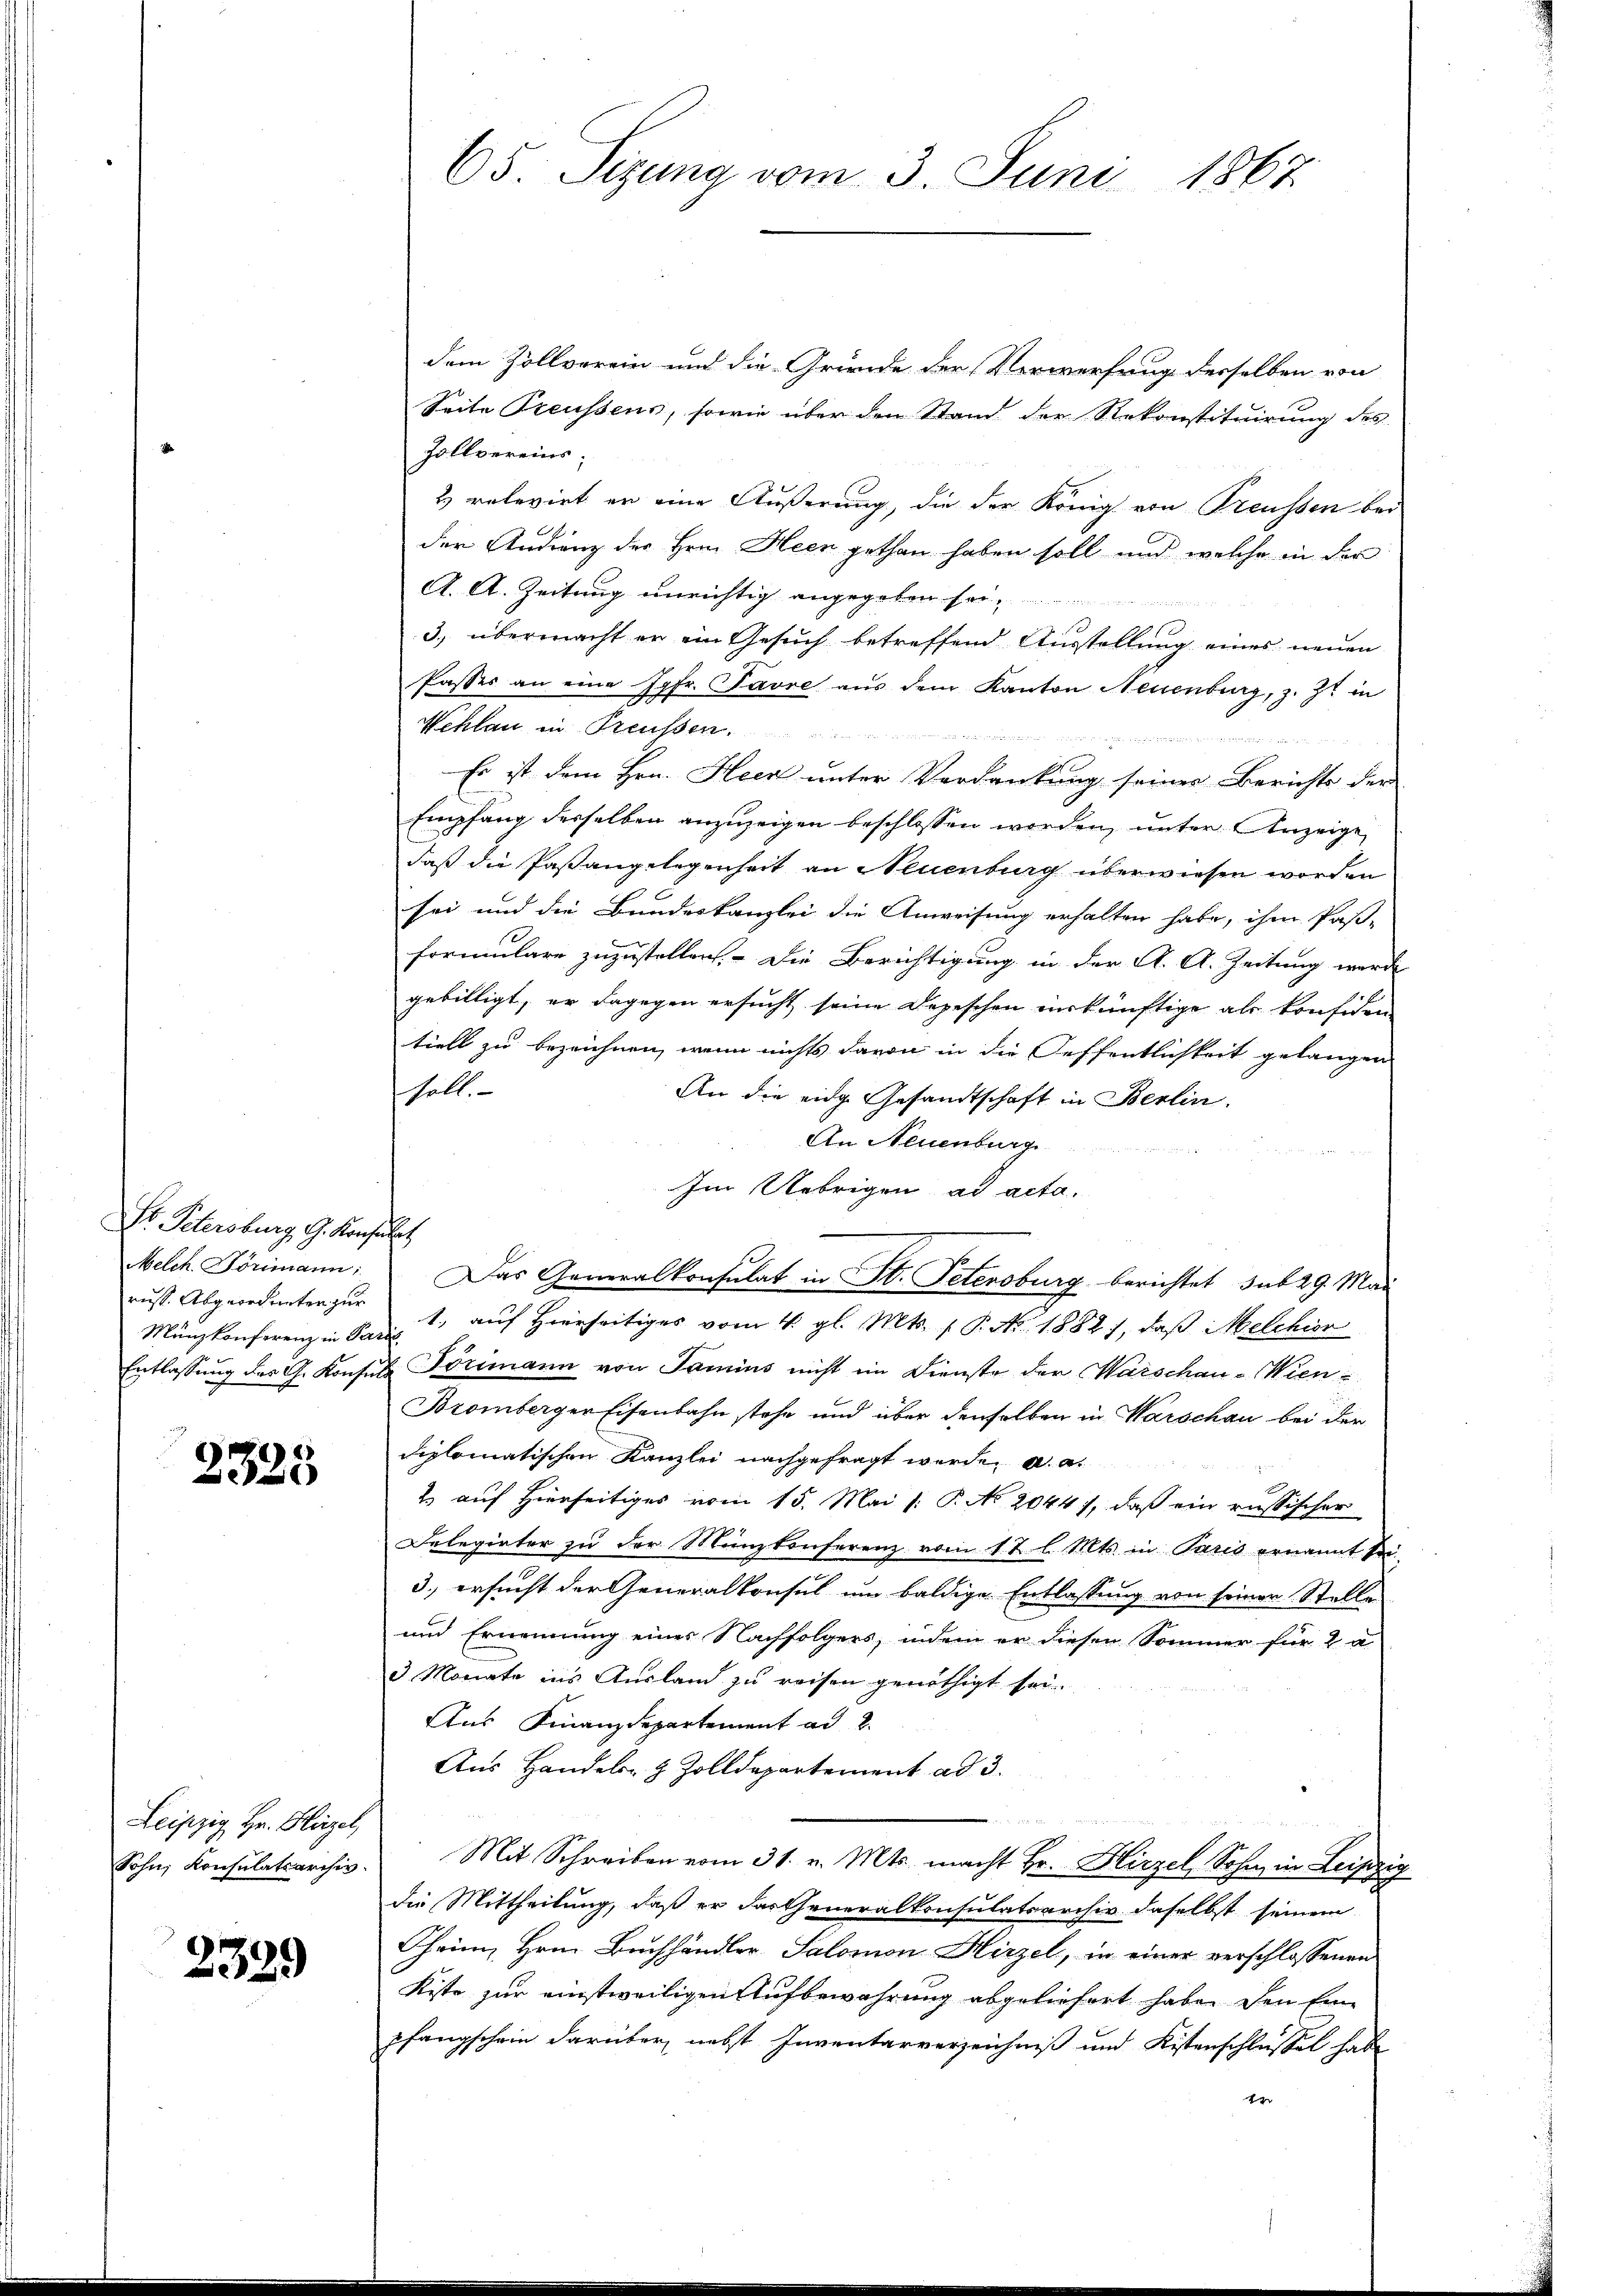
Dr. Petersburg, G. Konsult
Mänzkonferenz in Paral

3325

Leipzig Hr. Hirzel,
Sohn, Konsulatsarchiv.

2389

65. Sizung vom 3. Juni 1867.

dem Zollverein und die Gründe der Verwerfung desselben von
Seite Preussens, sowie über den Stand der Rekonstituirung des
Zollvereins;
u relevirt en eine Äußerung, die der König von Treussen bei
der Andrung der Hern Heen gethan haben soll und welche in der
A. A. Zeitung unrichtig angegeben sei.
3. übermacht er ein Gesuch betreffend Ausstellung eines neuen
Passes an eine Jgfr. Favre aus dem Kanton Neuenburg, z. Zt. in
Wehlau in Reussen in

Es ist dem Hrn. Heck unter Verdankung seiner Berichts der
Empfang desselben anzuzeigen beschlossen worden, unter Anzeige,
daß die Paßangelegenheit an Neuenburg überwiesen worden
sei und die Bundeskanzlei die Anweisung erhalten habe, ihm Pas-
formulare zuzustellen. – Die Berichtigung in der A. A. Zeitung werde
gebilligt, er dagegen ersucht seine Depeschen verkünftige als konfiden-
tiell zu bezeichnen, wenn nichts davon in die Oeffentlichkeit gelangen
soll.
An die eidg. Gesandtschaft in Berlin.
An Neuenburg
Im Uebrigen ad acta.
Melch Formann: Das Generalkonsulat in St. Petersburg berichtet sub 29. Mai
russ. Abgeordneten zur 1. auf Hierseitiges vom 4. gl. Mts. f. P. Nr. 1882, daß Melchior
Entlassŭng des G. Konsula Törimann von Jamins nicht im Dienste der Warschau-Wien¬
Bromberger Eisenbahn stehe und über denselben in Warschau bei der
diplomatischen Kanzlei nachgefragt werde, a. a.
2. auf Hierseitiges vom 15. Mai /: P. No. 2044), daß ein russischer
Delegirter zu der Münzkonferenz vom 12 l. Mts. in Paris ernannt sei
3.) ersucht der Generalkonsul um baldige Entlassung von seiner Stelle
und Ernennung eines Nachfolgers, indem er diesen Sommer für 2 a
3 Monate ins Ausland zu reisen genöthigt sei.
Aus Finanzdepartement ad 2.
Aus Handels- & Zolldepartement ad 3.
Mit Schreiben vom 31. v. Mts. macht Hr. Hirzel Sohn in Leipzig
die Mittheilung, daß er dartheneralkonsulatsarchiv daselbst seinem
Thrin, Hrn. Buchhändler, Salomon Hirzel, in einer verschlossenen
Kiste zur einstweiligen Aufbewahrung abgeliefert habe, den Eine
pfangschein darüber, nebst Inventarverzeichniß und Kistenschlüssel habe
4